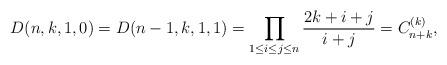
LaTeX: \begin{gather*} D(n,k,1,0) = D(n-1,k,1,1) = \prod_{ 1 \le i \le j \le n} {2k +i +j\over i+j} =C_{n+k}^{(k)},\end{gather*}